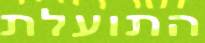
התועלת